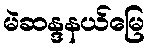
မဲဆန္ဒနယ်မြေ